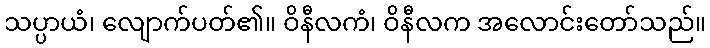
သပ္ပာယံ၊ လျောက်ပတ်၏။ ဝိနီလကံ၊ ဝိနီလက အလောင်းတော်သည်။